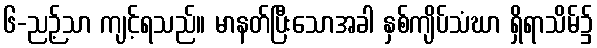
၆-ညဉ့်သာ ကျင့်ရသည်။ မာနတ်ပြီးသောအခါ နှစ်ကျိပ်သံဃာ ရှိရာသိမ်၌